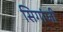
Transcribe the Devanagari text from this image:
सिगांजी